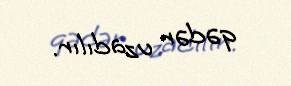
qədər uzadılır.